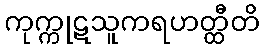
ကုက္ကုဋသူကရဟတ္ထီတိ